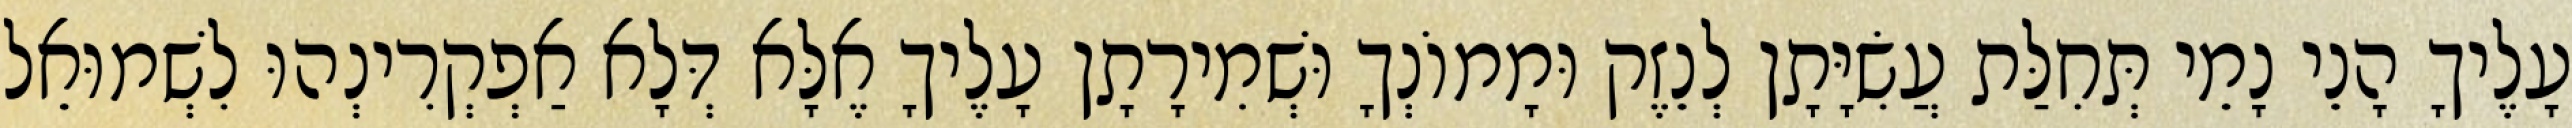
עָלֶיךָ הָנֵי נָמֵי תְּחִלַּת עֲשִׂיָּתָן לְנֵזֶק וּמָמוֹנְךָ וּשְׁמִירָתָן עָלֶיךָ אֶלָּא דְּלָא אַפְקְרִינְהוּ לִשְׁמוּאֵל